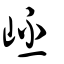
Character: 岯